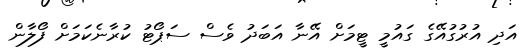
އަދި އުރުގުއޭގެ ގައުމީ ޓީމަށް އޭނާ އަބަދު ވެސް ސަޕޯޓު ކުރާނެކަމަށް ފޯލާން